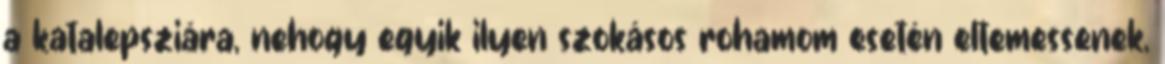
a katalepsziára, nehogy egyik ilyen szokásos rohamom esetén eltemessenek,